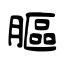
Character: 膒